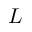
L